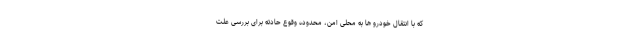
که با انتقال خودرو ها به محلی امن،‌ محدوده وقوع حادثه برای بررسی علت